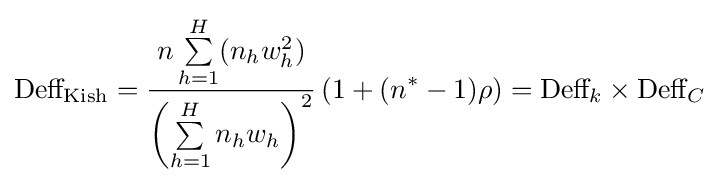
{\text{Deff}}_{\text{Kish}}={\frac {n\sum \limits _{h=1}^{H}(n_{h}w_{h}^{2})}{\left(\sum \limits _{h=1}^{H}n_{h}w_{h}\right)^{2}}}\left(1+(n^{*}-1)\rho \right)={\text{Deff}}_{k}\times {\text{Deff}}_{C}